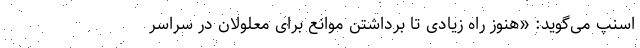
اسنپ می‌گوید: «هنوز راه زیادی تا برداشتن موانع برای معلولان در سراسر